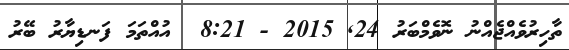
ތާހިރުވެއްޖެއްނު ނޮވެމްބަރު 24